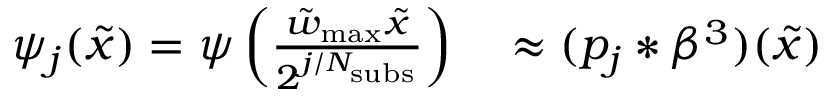
\begin{array} { r l } { \psi _ { j } ( \tilde { x } ) = \psi \left( \frac { \tilde { w } _ { \mathrm { m a x } } \tilde { x } } { 2 ^ { j / N _ { \mathrm { s u b s } } } } \right) } & { { } \approx ( p _ { j } * \beta ^ { 3 } ) ( \tilde { x } ) } \end{array}